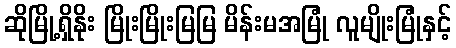
ဆိုမြို့ရှိနိုး မြိုးမြိုးမြမြ မိန်းမအမြုံ လူမျိုးမြုံနှင့်